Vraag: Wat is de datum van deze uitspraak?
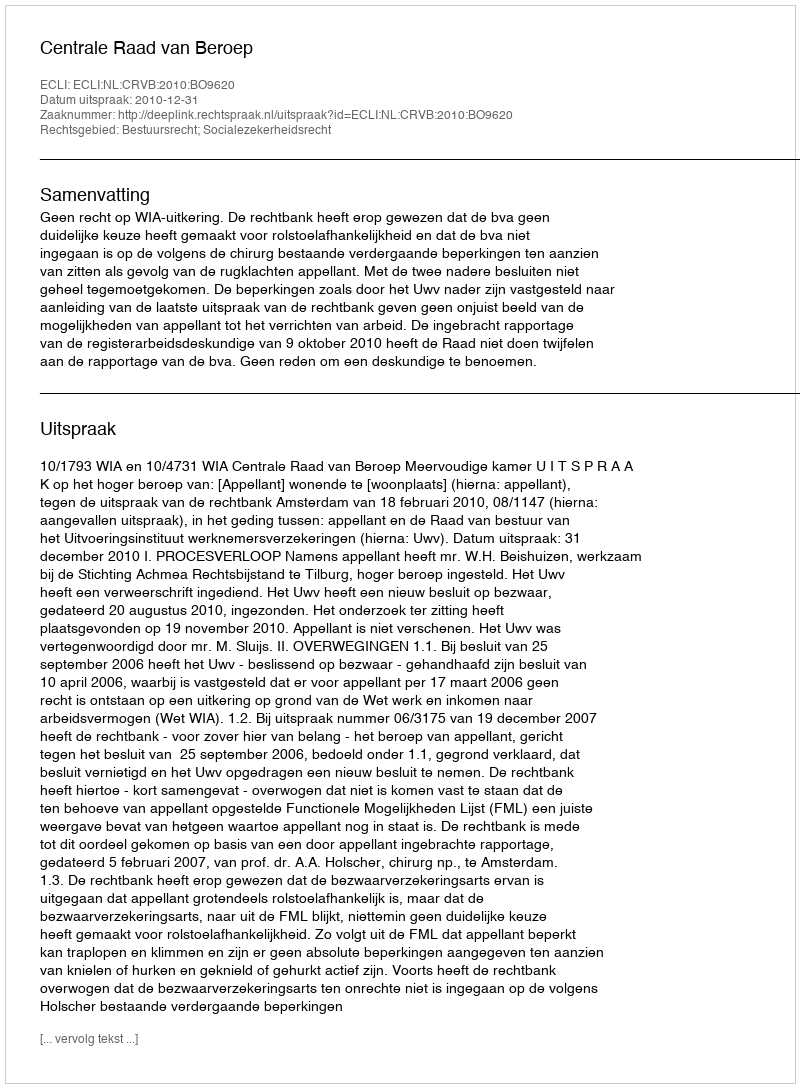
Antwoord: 2010-12-31